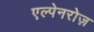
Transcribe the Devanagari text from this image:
एल्पेनरोज़